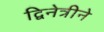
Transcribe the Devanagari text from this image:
द्विनेत्रीने